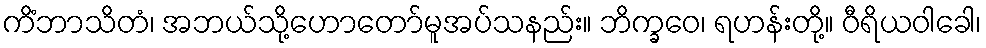
ကိံဘာသိတံ၊ အဘယ်သို့ဟောတော်မူအပ်သနည်း။ ဘိက္ခဝေ၊ ရဟန်းတို့။ ဝီရိယဝါခေါ၊